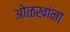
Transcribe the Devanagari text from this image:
ओळखांना